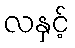
လနှင့်